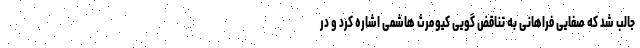
جالب شد که صفایی فراهانی به تناقض گویی کیومرث هاشمی اشاره کرد و در